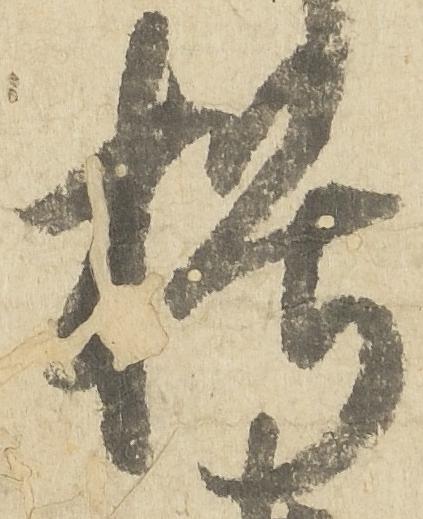
朽